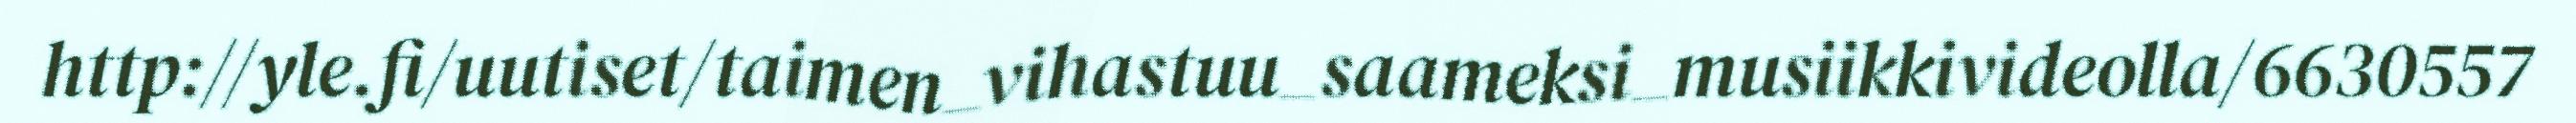
http://yle.fi/uutiset/taimen_vihastuu_saameksi_musiikkivideolla/6630557